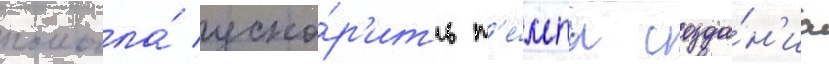
помогла́ уско́р'ить т'е́мпы созда́н'иа